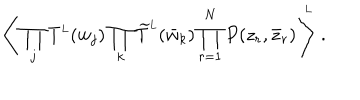
LaTeX: \left\langle \, \prod _ { j } T ^ { \mathrm { \scriptscriptstyle L } } ( w _ { j } ) \prod _ { k } \widetilde T ^ { \mathrm { \scriptscriptstyle L } } ( \bar { w } _ { k } ) \prod _ { r = 1 } ^ { N } P ( z _ { r } , \bar { z } _ { r } ) \, \right\rangle ^ { \! \! \! \mathrm { \scriptscriptstyle L } } \ .